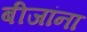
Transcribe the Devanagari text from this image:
बीजांना